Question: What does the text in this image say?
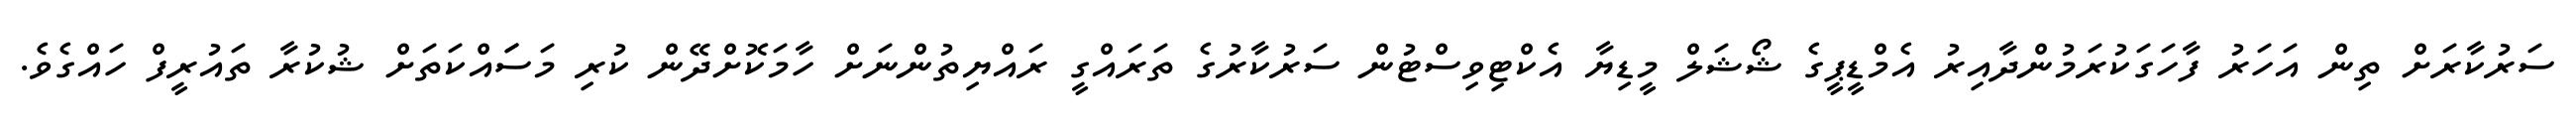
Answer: ސަރުކާރަށް ތިން އަހަރު ފާހަގަކުރަމުންދާއިރު އެމްޑީޕީގެ ޝޯޝަލް މީޑިޔާ އެކްޓިވިސްޓުން ސަރުކާރުގެ ތަރައްގީ ރައްޔިތުންނަށް ހާމަކޮށްދޭން ކުރި މަސަައްކަތަށް ޝުކުރާ ތައުރީފް ހައްގެވެ.